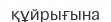
құйрығына